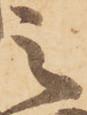
之